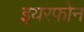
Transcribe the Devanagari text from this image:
इयरफोन